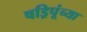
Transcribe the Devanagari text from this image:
षड्रिपूंच्या